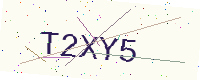
Text: T2XY5